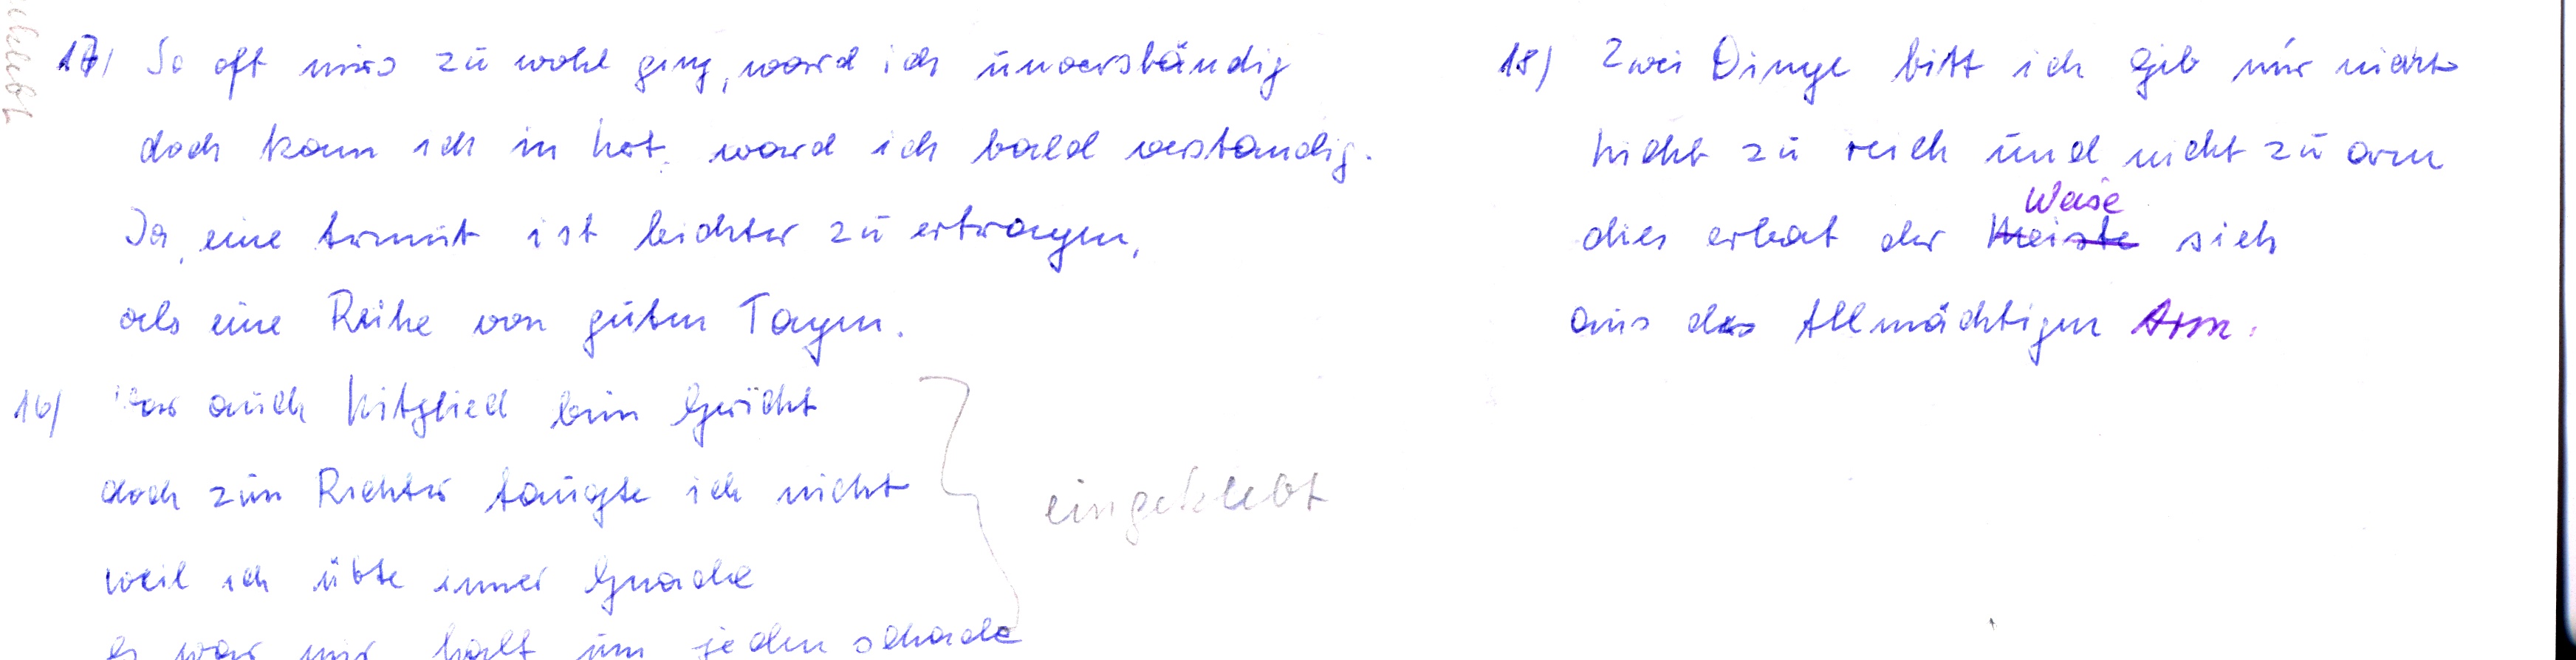
17) So oft mirs zu wohl ging, ward ich unverständig
doch kam ich in Not, ward ich bald verstandig
Ja, eine Armut ist leichter zu ertragen,
als eine Reihe von guten Tagen.
16) War auch Mitglied beim Gericht
doch zum Richter taugte ich nicht
eingeklebt
weil ich übte immer Gnade
es wr mir halt um jeden schade

18) Zwei Dinge bitt ich gib mir nicht
nicht zu reich und nicht zu arm
Weise
Dies erbat der Meiste sich
aus des Allmächtigm Arm